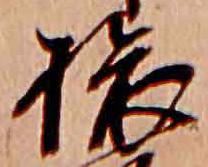
旅